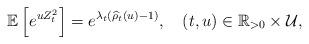
LaTeX: \begin{align*}\mathbb{E}\left[e^{uZ_{t}^{2}}\right]=e^{\lambda_{t}(\widehat{\rho}_{t}(u)-1)},\quad(t,u)\in\mathbb{R}_{>0}\times\mathcal{U},\end{align*}